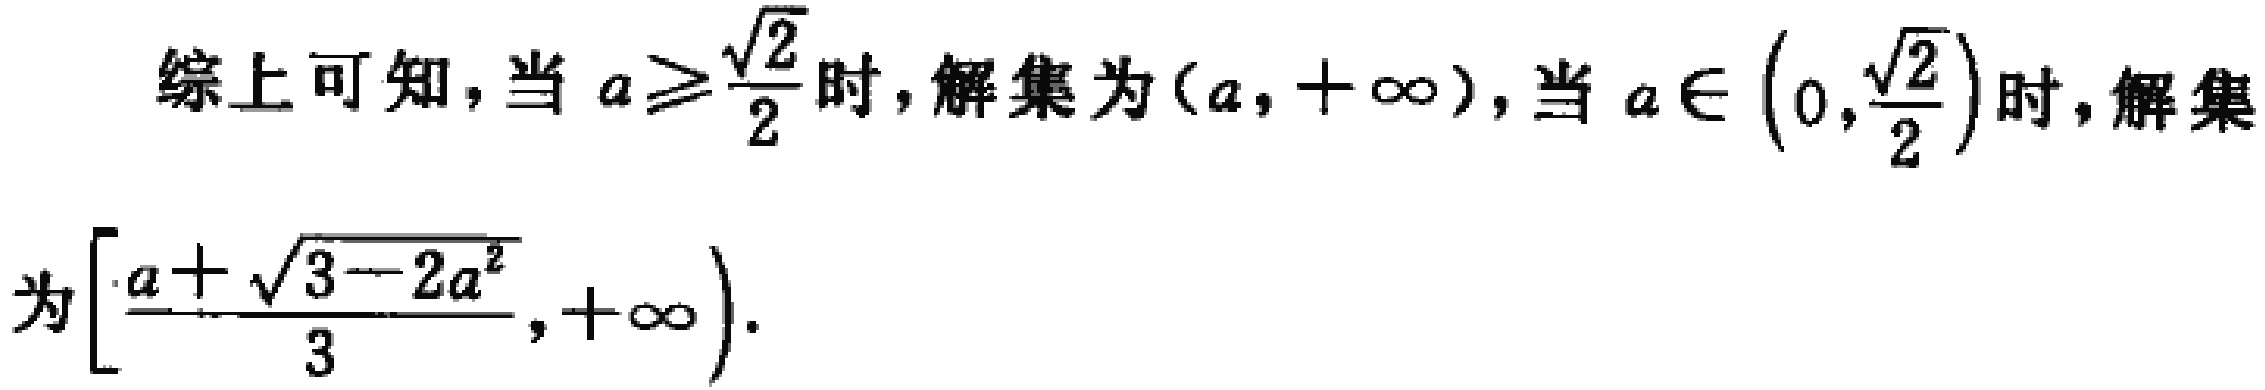
综上可知，当 \(a\geq\frac{\sqrt{2}}{2}\) 时，解集为 \((a,+\infty)\)，当 \(a\in\left(0,\frac{\sqrt{2}}{2}\right)\) 时，解集为 \(\left[\frac{a + \sqrt{3 - 2a^{2}}}{3},+\infty\right)\)。